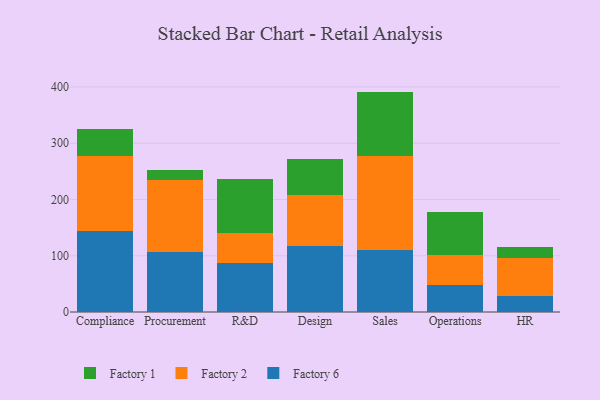
{"axis": {"x": "Department", "y": "Market Share (%)"}, "legend": ["Factory 1", "Factory 2", "Factory 6"], "data": [{"x": "Compliance", "y": 144.8, "type": "Factory 6"}, {"x": "Compliance", "y": 132.8, "type": "Factory 2"}, {"x": "Compliance", "y": 48.3, "type": "Factory 1"}, {"x": "Procurement", "y": 105.8, "type": "Factory 6"}, {"x": "Procurement", "y": 128.1, "type": "Factory 2"}, {"x": "Procurement", "y": 18.9, "type": "Factory 1"}, {"x": "R&D", "y": 87.1, "type": "Factory 6"}, {"x": "R&D", "y": 54.0, "type": "Factory 2"}, {"x": "R&D", "y": 96.2, "type": "Factory 1"}, {"x": "Design", "y": 117.3, "type": "Factory 6"}, {"x": "Design", "y": 91.2, "type": "Factory 2"}, {"x": "Design", "y": 63.0, "type": "Factory 1"}, {"x": "Sales", "y": 110.0, "type": "Factory 6"}, {"x": "Sales", "y": 168.2, "type": "Factory 2"}, {"x": "Sales", "y": 113.6, "type": "Factory 1"}, {"x": "Operations", "y": 47.2, "type": "Factory 6"}, {"x": "Operations", "y": 53.5, "type": "Factory 2"}, {"x": "Operations", "y": 77.7, "type": "Factory 1"}, {"x": "HR", "y": 28.7, "type": "Factory 6"}, {"x": "HR", "y": 68.1, "type": "Factory 2"}, {"x": "HR", "y": 19.4, "type": "Factory 1"}]}